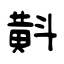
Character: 斢